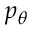
p _ { \theta }